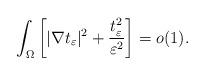
LaTeX: \begin{align*} \int_\Omega \left[|\nabla t_\varepsilon|^2+\frac{t_\varepsilon^2}{\varepsilon^2}\right]=o(1).\end{align*}